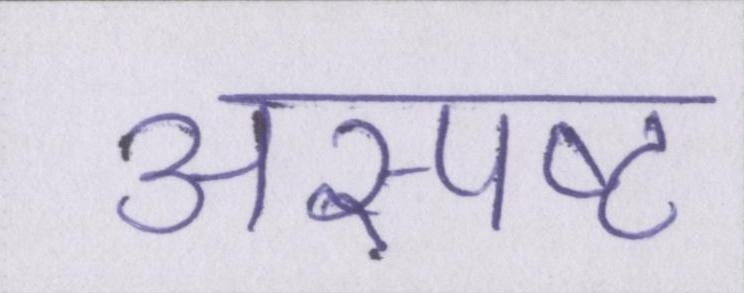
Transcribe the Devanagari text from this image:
अस्पष्ट